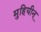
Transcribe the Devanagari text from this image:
मुहियीन्